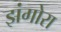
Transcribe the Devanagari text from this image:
झंगोरा